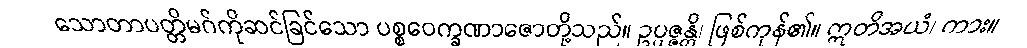
သောတာပတ္တိမဂ်ကိုဆင်ခြင်သော ပစ္စဝေက္ခဏာဇောတို့သည်။ ဥပ္ပဇ္ဇန္တိ၊ ဖြစ်ကုန်၏။ ဣတိအယံ၊ ကား။